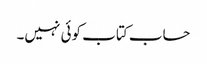
حساب کتاب کوئی نہیں۔